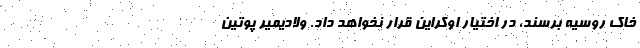
خاک روسیه برسند، در اختیار اوکراین قرار نخواهد داد. ولادیمیر پوتین